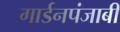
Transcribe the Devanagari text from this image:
गार्डनपंजाबी